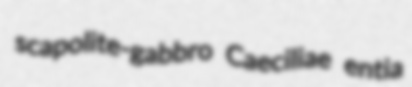
scapolite-gabbro Caeciliae entia